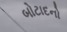
બોટાદનો